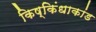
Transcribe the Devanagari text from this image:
किष्किंधाकांड